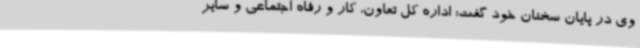
وی در پایان سخنان خود گفت: اداره کل تعاون، کار و رفاه اجتماعی و سایر